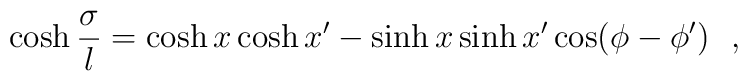
\cosh {\sigma\over l}=\cosh x \cosh x'-\sinh x \sinh x' \cos (\phi-\phi ')~~,